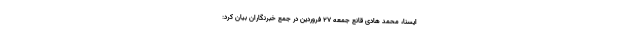
ایسنا، محمد هادی قانع جمعه ۲۷ فروردین در جمع خبرنگاران‌ بیان کرد: